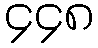
၄၄၈